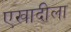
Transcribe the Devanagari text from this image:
एखादीला